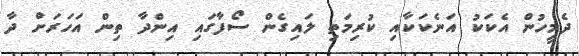
ދެމީހުން އެކަކު އަނެކަކާއި ކުރިމަތި ލައިގެން ސޯފާގައި އިންދާ ތިން އަހަރަށް ދާ